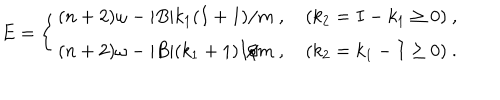
E = \left\{ \begin{array} { l } { { ( n + 2 ) \omega - | B | k _ { 1 } ( I + 1 ) / m \ , \quad ( k _ { 2 } = I - k _ { 1 } \geq 0 ) \ , } } \\ { { ( n + 2 ) \omega - | B | ( k _ { 1 } + 1 ) I / m \ , \quad ( k _ { 2 } = k _ { 1 } - I \geq 0 ) \ . } } \\ \end{array} \right.